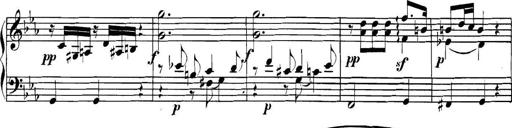
Title: Collected Piano Sonatas
Composer: Muzio Clementi